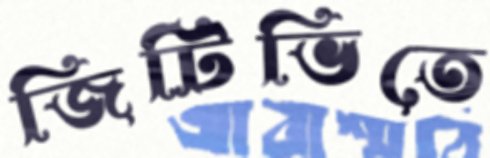
জিটিভিতে